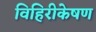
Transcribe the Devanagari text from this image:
विहिरीकेषण